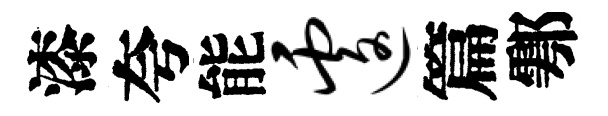
漆夸能遽篇鄠